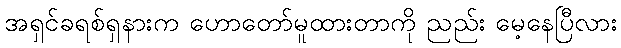
အရှင်ခရစ်ရှနားက ဟောတော်မူထားတာကို ညည်း မေ့နေပြီလား